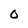
Character: 0